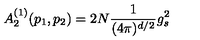
A _ { 2 } ^ { ( 1 ) } ( p _ { 1 } , p _ { 2 } ) = 2 N \frac { 1 } { ( 4 \pi ) ^ { d / 2 } } g _ { s } ^ { 2 }